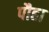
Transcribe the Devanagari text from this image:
पौहा